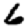
Digit: 6